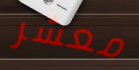
معشر